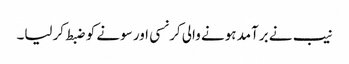
نیب نے برآمد ہونے والی کرنسی اور سونے کو ضبط کرلیا۔